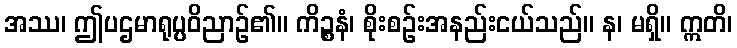
အဿ၊ ဤပဌမာရုပ္ပဝိညာဉ်၏။ ကိဉ္စနံ၊ စိုးစဉ်းအနည်းငယ်သည်။ န၊ မရှိ။ ဣတိ၊